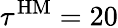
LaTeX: \tau^{\mathrm{HM}}=20